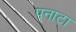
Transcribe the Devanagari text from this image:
पनाटा